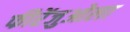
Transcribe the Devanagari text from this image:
फीरेंजुओला